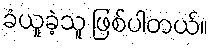
ခံယူခဲ့သူ ဖြစ်ပါတယ်။